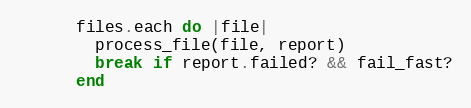
Language: Ruby
      files.each do |file|
        process_file(file, report)
        break if report.failed? && fail_fast?
      end